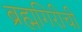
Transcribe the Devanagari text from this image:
ब्रह्मगिरीची